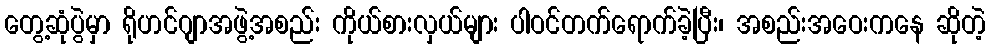
တွေ့ဆုံပွဲမှာ ရိုဟင်ဂျာအဖွဲ့အစည်း ကိုယ်စားလှယ်များ ပါဝင်တက်ရောက်ခဲ့ပြီး၊ အစည်းအဝေးကနေ ဆိုတဲ့